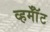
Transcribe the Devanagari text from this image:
व्हर्मॉँट